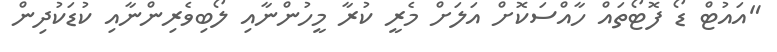
"އައުޓް ޑޯ ފޮޓޯތައް ހާއްސަކޮށް އަލަށް މެރީ ކުރާ މީހުންނާއި ލޯބިވެރިންނާއި ކުޑަކުދިން